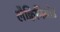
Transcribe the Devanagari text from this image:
लैक्विनिमोड